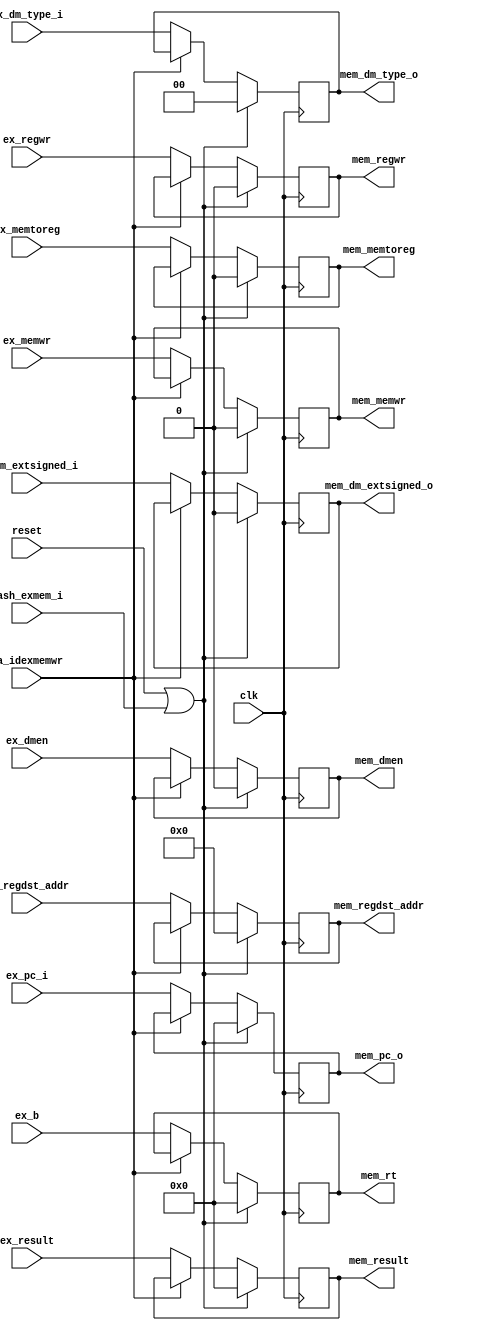
module ExMem_register(
	input clk,
	input reset,
	input pa_idexmemwr,
	input wash_exmem_i,
	input ex_regwr,
	input ex_memtoreg,
	input ex_memwr,
	input ex_dmen,
	input [1:0] ex_dm_type_i,
	input ex_dm_extsigned_i,
	input [31:0] ex_pc_i,
	input [31:0]ex_result,
	input [31:0]ex_b,
	input [4:0]ex_regdst_addr,
	output        mem_regwr,
	output        mem_dmen,
	output        mem_memtoreg,
	output        mem_memwr,
	output [1:0]  mem_dm_type_o,
	output        mem_dm_extsigned_o,
	output [31:0] mem_result,
	output [31:0] mem_rt,
	output [4:0]  mem_regdst_addr,
	output [31:0] mem_pc_o
);

	reg E_regwr;
	reg E_memtoreg;
	reg E_memwr;
	reg E_dmem;
	reg [1:0] E_mem_dm_type;
	reg E_mem_dm_extsigned;
	reg [31:0]E_result;
	reg [31:0]E_b;
	reg [4:0]E_regdst_addr;
	reg [31:0] E_pc;
	always @ (posedge clk) begin
		if (reset || wash_exmem_i) begin
			E_regwr = 1'b0;
			E_memtoreg = 1'b0;
			E_memwr = 1'b0;
			E_dmem = 1'b0;
			E_mem_dm_extsigned = 1'b0;
			E_mem_dm_type = 2'b0;
			E_result = 32'd0;
			E_b = 32'd0;
			E_regdst_addr = 5'd0;
			E_pc = 32'b0;
		end
		else if (!pa_idexmemwr) begin
			E_regwr = ex_regwr;
			E_memtoreg = ex_memtoreg;
			E_memwr = ex_memwr;
			E_dmem = ex_dmen;
			E_result = ex_result;
			E_b = ex_b;
			E_regdst_addr = ex_regdst_addr;
			E_pc = ex_pc_i;
			E_mem_dm_type = ex_dm_type_i;
			E_mem_dm_extsigned = ex_dm_extsigned_i;
		end
	end
	
	assign mem_regwr = E_regwr;
	assign mem_dmen = E_dmem;
	assign mem_memtoreg = E_memtoreg;
	assign mem_memwr = E_memwr;
	assign mem_dm_type_o = E_mem_dm_type;
	assign mem_dm_extsigned_o = E_mem_dm_extsigned;
	assign mem_result = E_result;
	assign mem_rt = E_b;
	assign mem_regdst_addr = E_regdst_addr;
	assign mem_pc_o = E_pc;
endmodule